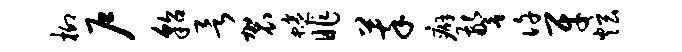
柳户貂欲袈蜷昨萃癖警许牙炫